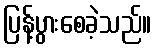
ပြန့်ပွားစေခဲ့သည်။